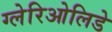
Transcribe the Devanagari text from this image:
ग्लेरिओलिडे